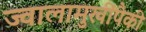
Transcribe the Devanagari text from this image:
ज्वालामुखींपैकी